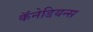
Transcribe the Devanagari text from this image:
कॅनेडियन्स